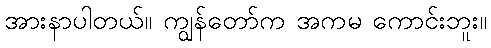
အားနာပါတယ်။ ကျွန်တော်က အကမ ကောင်းဘူး။